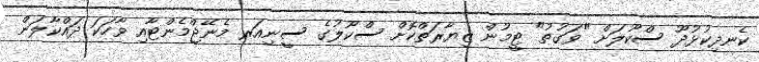
ކެނދިކުޅުދޫ ސްކޫލަށް "ވަގުތު" ޓީމުން ޒިޔާރަތްކޮށް ސްކޫލުގެ ސީނިއަރ މެނޭޖްމެންޓާއި ވާހަކަ ދައްކާލަން